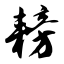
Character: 耪